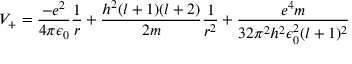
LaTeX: V _ { + } = { \frac { - e ^ { 2 } } { 4 \pi \epsilon _ { 0 } } } { \frac { 1 } { r } } + { \frac { h ^ { 2 } ( l + 1 ) ( l + 2 ) } { 2 m } } { \frac { 1 } { r ^ { 2 } } } + { \frac { e ^ { 4 } m } { 3 2 \pi ^ { 2 } h ^ { 2 } \epsilon _ { 0 } ^ { 2 } ( l + 1 ) ^ { 2 } } }